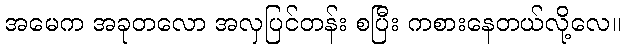
အမေက အခုတလော အလှပြင်တန်း စပြီး ကစားနေတယ်လို့လေ။